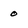
Character: 0